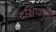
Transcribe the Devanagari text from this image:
दक्षिणपुर्वी